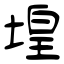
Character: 堭